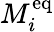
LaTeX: M_{i}^{\mathrm{eq}}